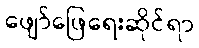
ဖျော်ဖြေရေးဆိုင်ရာ